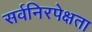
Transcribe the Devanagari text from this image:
सर्वनिरपेक्षता